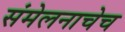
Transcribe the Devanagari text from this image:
संमेलनाचेच